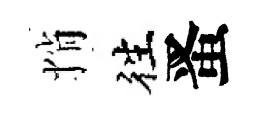
悄徃󱉠